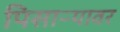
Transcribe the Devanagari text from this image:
पिसाऱ्यावर